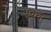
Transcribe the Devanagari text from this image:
ध्रुवचे